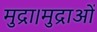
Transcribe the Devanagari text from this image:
मुद्रा।मुद्राओं